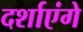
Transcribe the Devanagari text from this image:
दर्शाएंगे